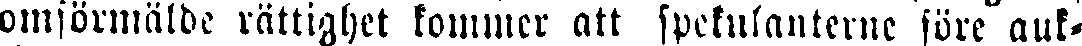
omförmälde rättighet kommer att spekulanterne före auk-